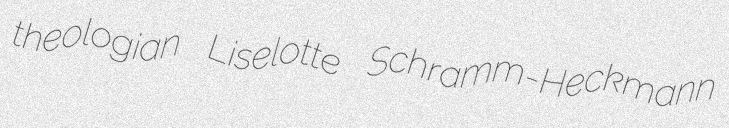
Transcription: theologian Liselotte Schramm-Heckmann